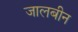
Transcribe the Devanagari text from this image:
जालबीन